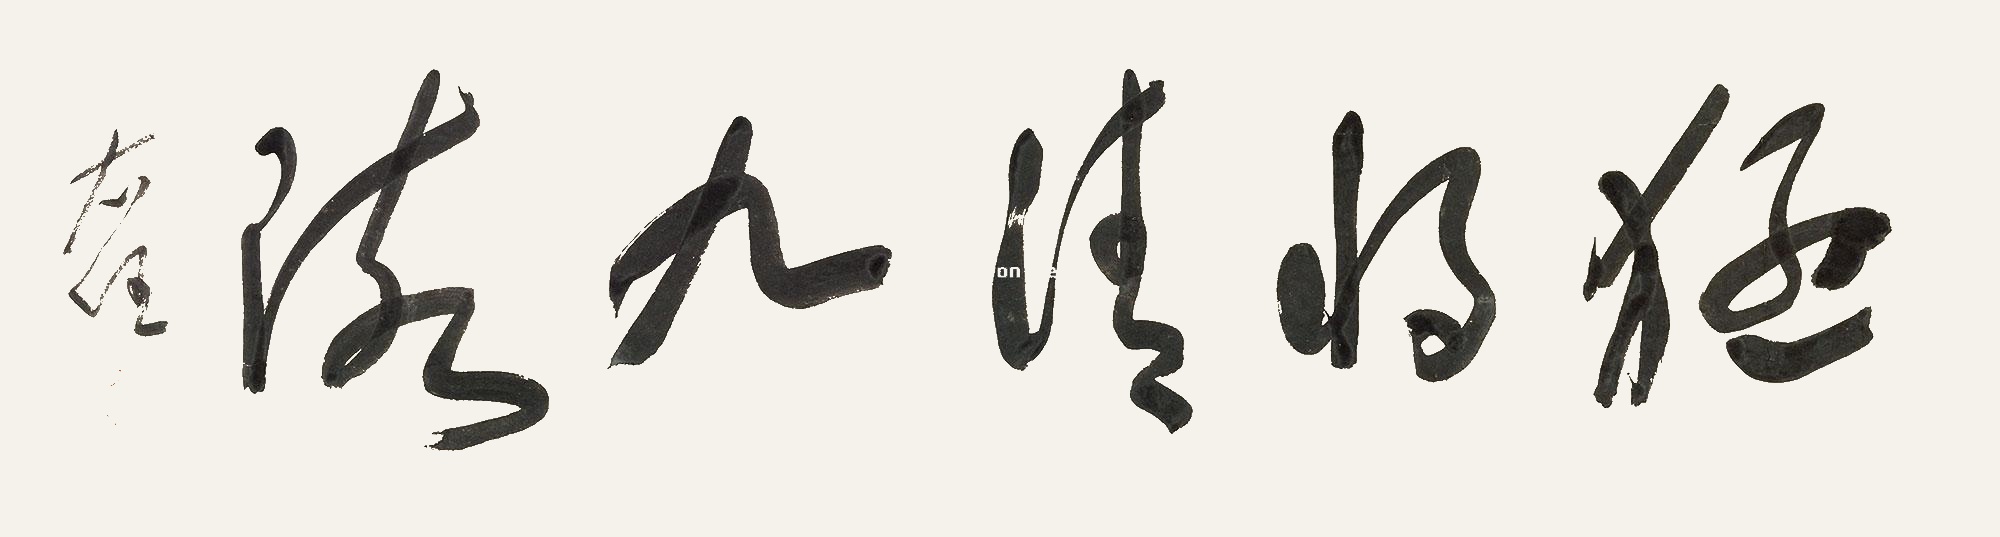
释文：猛将清九陔右任。